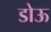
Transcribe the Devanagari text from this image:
डोऊ